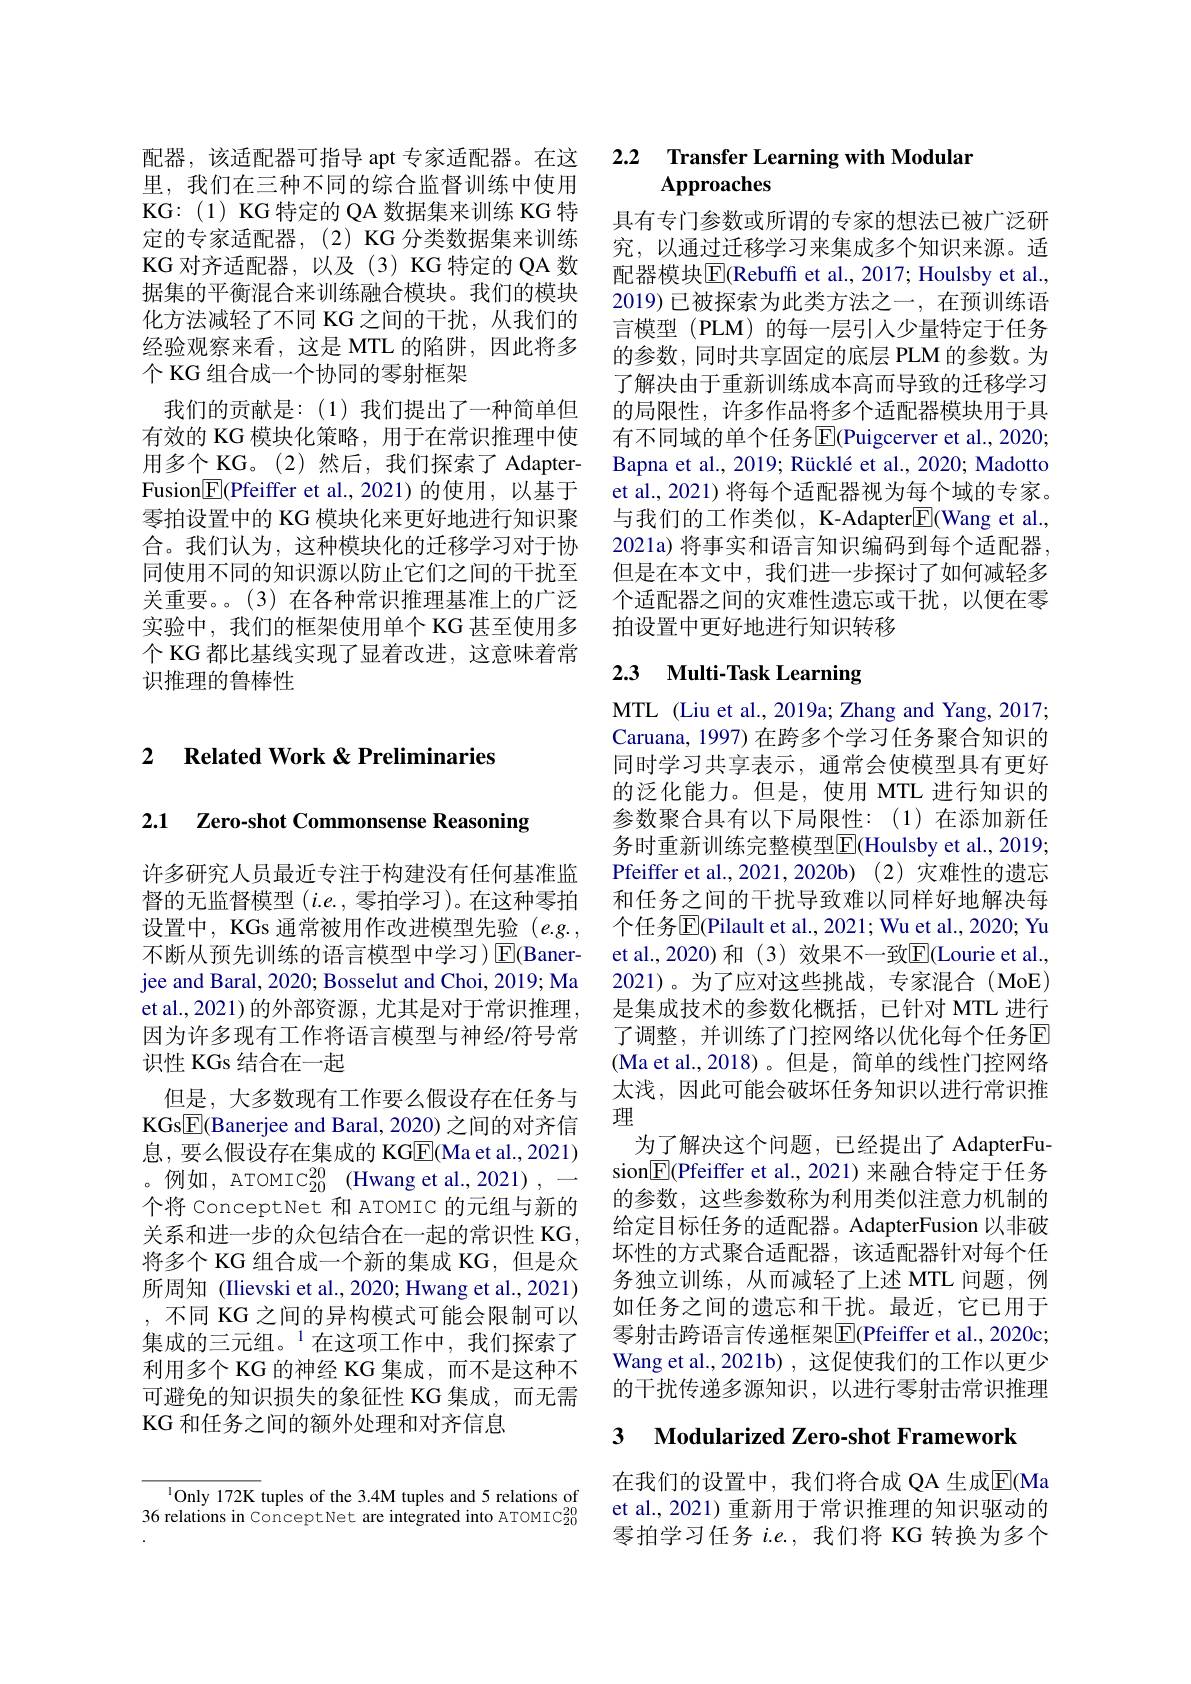
配器，该适配器可指导 apt 专家适配器。在这里，我们在三种不同的综合监督训练中使用KG:(1) KG 特定的 QA 数据集来训练 KG 特定的专家适配器，(2) KG 分类数据集来训练KG对齐适配器，以及(3)KG特定的QA 数据集的平衡混合来训练融合模块。我们的模块化方法减轻了不同 KG 之间的干扰，从我们的经验观察来看，这是 MTL 的陷阱，因此将多个 KG 组合成一个协同的零射框架
我们的贡献是：(1)我们提出了一种简单但有效的 KG 模块化策略，用于在常识推理中使用多个 KG。(2)然后，我们探索了 AdapterFusion$\underline{\mathrm{E}}($Pfeiffer et al.,2021)的使用，以基于零拍设置中的 KG 模块化来更好地进行知识聚合。我们认为，这种模块化的迁移学习对于协同使用不同的知识源以防止它们之间的干扰至关重要。。(3) 在各种常识推理基准上的广泛实验中，我们的框架使用单个 KG 甚至使用多个 KG 都比基线实现了显着改进，这意味着常识推理的鲁棒性

## 2 $\textbf{Related Work }\&$ Preliminaries

2.1 Zero-shot Commonsense Reasoning

许多研究人员最近专注于构建没有任何基准监督的无监督模型$(i.e.$,零拍学习)。在这种零拍设置中，KGs 通常被用作改进模型先验$(e.g.$, 不断从预先训练的语言模型中学习)$\operatorname{E}($Banerjee and Baral, 2020; Bosselut and Choi, 2019; Ma et al.,2021)的外部资源，尤其是对于常识推理， 因为许多现有工作将语言模型与神经/符号常识性 KGs 结合在一起
但是，大多数现有工作要么假设存在任务与KGs$\boxed{\mathbb{F}}($Banerjee and Baral, 2020) 之间的对齐信息，要么假设存在集成的 KGEl(Ma et al., 2021) 。例如，ATOMIC$_{20}^{20}$(Hwang et al.,2021),一个将 ConceptNet 和 ATOMIC 的元组与新的关系和进一步的众包结合在一起的常识性 KG, 将多个 KG 组合成一个新的集成 KG, 但是众所周知 (Ilievski et al., 2020; Hwang et al., 2021) ,不同 KG 之间的异构模式可能会限制可以集成的三元组。$^{1}$在这项工作中，我们探索了利用多个 KG 的神经 KG 集成，而不是这种不可避免的知识损失的象征性 KG 集成，而无需KG 和任务之间的额外处理和对齐信息

$^{1}$Only 172K tuples of the 3.4M tuples and 5 relations of 36 relations in ConceptNet are integrated into ATOMIC$_{20}^{20}$

### 2.2 Transfer Learning with Modulan $\mathbf{Approaches}$

具有专门参数或所谓的专家的想法已被广泛研究，以通过迁移学习来集成多个知识来源。适配器模块E$[ ( Rebuff$ et al., 2017; Houlsby et al., 2019)已被探索为此类方法之一，在预训练语言模型 (PLM) 的每一层引入少量特定于任务的参数，同时共享固定的底层 PLM 的参数。为了解决由于重新训练成本高而导致的迁移学习的局限性，许多作品将多个适配器模块用于具有不同域的单个任务$\mathbb{E}[$Puigcerver et al., 2020; Bapna et al., 2019; Rücklé et al., 2020; Madotto et al., 2021) 将每个适配器视为每个域的专家。与我们的工作类似，K-Adapter$\boxed{\mathrm{F}}($Wang et al., 2021a) 将事实和语言知识编码到每个适配器， 但是在本文中，我们进一步探讨了如何减轻多个适配器之间的灾难性遗忘或干扰，以便在零拍设置中更好地进行知识转移

# 2.3 Multi-Task Learning

MTL (Liu et al., 2019a; Zhang and Yang, 2017; Caruana, 1997) 在跨多个学习任务聚合知识的同时学习共享表示，通常会使模型具有更好的泛化能力。但是，使用 MTL 进行知识的参数聚合具有以下局限性：(1)在添加新任务时重新训练完整模型$\boxed{\mathrm{F}}($Houlsby et al., 2019; Pfeiffer et al.,2021,2020b)(2) 灾难性的遗忘和任务之间的干扰导致难以同样好地解决每个任务$\overline{\mathrm{E}}($Pilault et al., 2021; Wu et al., 2020; Yu et al., 2020) 和 (3) 效果不一致E[(Lourie et al., 2021)。为了应对这些挑战，专家混合(MoE) 是集成技术的参数化概括，已针对 MTL 进行了调整，并训练了门控网络以优化每个任务E (Ma et al.,2018)。但是，简单的线性门控网络太浅，因此可能会破坏任务知识以进行常识推理
为了解决这个问题，已经提出了 AdapterFusion$\boxed{\mathrm{F}}($Pfeiffer et al.,2021)来融合特定于任务的参数，这些参数称为利用类似注意力机制的给定目标任务的适配器。AdapterFusion 以非破坏性的方式聚合适配器，该适配器针对每个任务独立训练，从而减轻了上述 MTL 问题，例如任务之间的遗忘和干扰。最近，它已用于零射击跨语言传递框架$\boxed{\mathrm{F}}($Pfeiffer et al., 2020c; Wang et al., 2021b) , 这促使我们的工作以更少的干扰传递多源知识，以进行零射击常识推理

### 3 Modularized Zero-shot Framework

在我们的设置中，我们将合成 QA 生成$\overline{\mathrm{E}}($Ma et al., 2021) 重新用于常识推理的知识驱动的零拍学习任务$i.e.$,我们将 KG 转换为多个